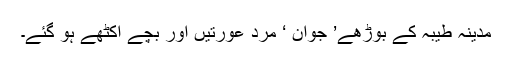
مدینہ طیبہ کے بوڑھے’ جوان ‘ مرد عورتیں اور بچے اکٹھے ہو گئے۔